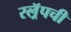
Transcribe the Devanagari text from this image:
स्ल्रॅपची